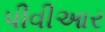
પીવીઆર